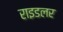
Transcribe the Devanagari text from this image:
राइडलर